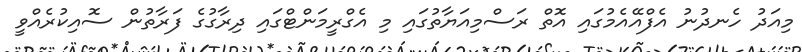
މިއަދު ހެނދުނު އެފްއޭއެމުގައި އޮތް ރަސްމިއަޔާތުގައި މި އެގްރީމަންޓްގައި ދިރާގުގެ ފަރާތުން ސޮއިކުރެއްވީ